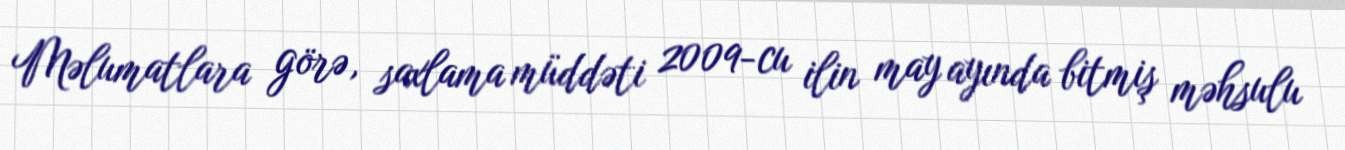
Məlumatlara görə, saxlama müddəti 2009-cu ilin may ayında bitmiş məhsulu